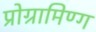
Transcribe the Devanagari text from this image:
प्रोग्रामिण्ग